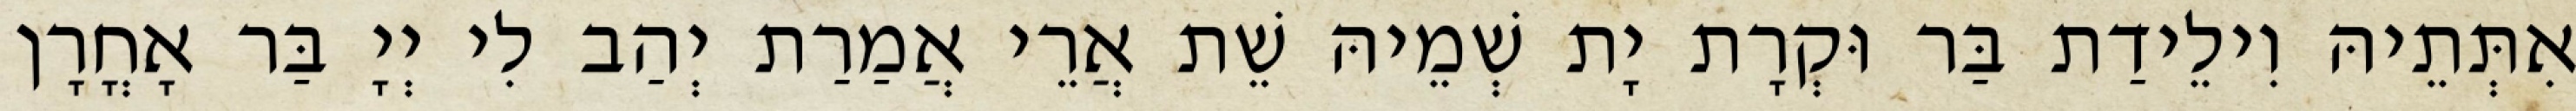
אִתְּתֵיהּ וִילֵידַת בַּר וּקְרָת יָת שְׁמֵיהּ שֵׁת אֲרֵי אֲמַרַת יְהַב לִי יְיָ בַּר אָחֳרָן